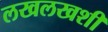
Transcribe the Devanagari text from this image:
लखलखशी